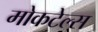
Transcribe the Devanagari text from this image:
मोकटेल्स